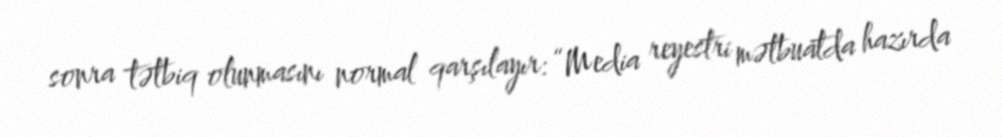
sonra tətbiq olunmasını normal qarşılayır: “Media reyestri mətbuatda hazırda